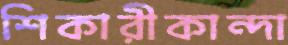
শিকারীকান্দা